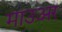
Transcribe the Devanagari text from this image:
माउअर